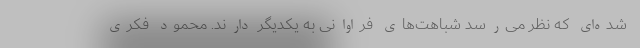
شده‌ای که نظر می‌رسد شباهت‌های فراوانی به یکدیگر دارند. محمود فکری